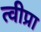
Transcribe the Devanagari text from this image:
त्वीप्रा